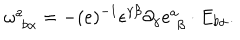
LaTeX: \omega _ { \, \, b \alpha } ^ { a } = - ( e ) ^ { - 1 } \epsilon ^ { \gamma \beta } \partial _ { \gamma } e _ { \, \, \beta } ^ { a } \cdot E _ { b \alpha } .